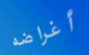
أغراضه